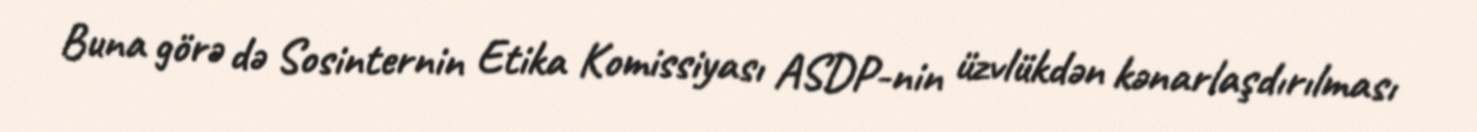
Buna görə də Sosinternin Etika Komissiyası ASDP-nin üzvlükdən kənarlaşdırılması